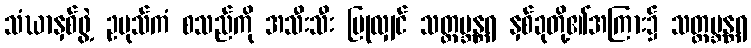
သံဃာနှစ်ဖွဲ့ ဥပုသ်ကံ စသည်ကို အသီးသီး ပြုလျှင် သတ္တဗ္ဘန္တရ နှစ်ခုတို့၏အကြား၌ သတ္တဗ္ဘန္တရ